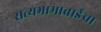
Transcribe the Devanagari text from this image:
सत्यभामाबाईंचा